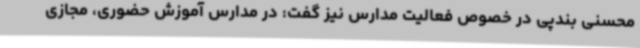
محسنی بندپی در خصوص فعالیت مدارس نیز گفت: در مدارس آموزش حضوری، مجازی